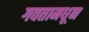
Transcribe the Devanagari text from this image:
गवतामधून